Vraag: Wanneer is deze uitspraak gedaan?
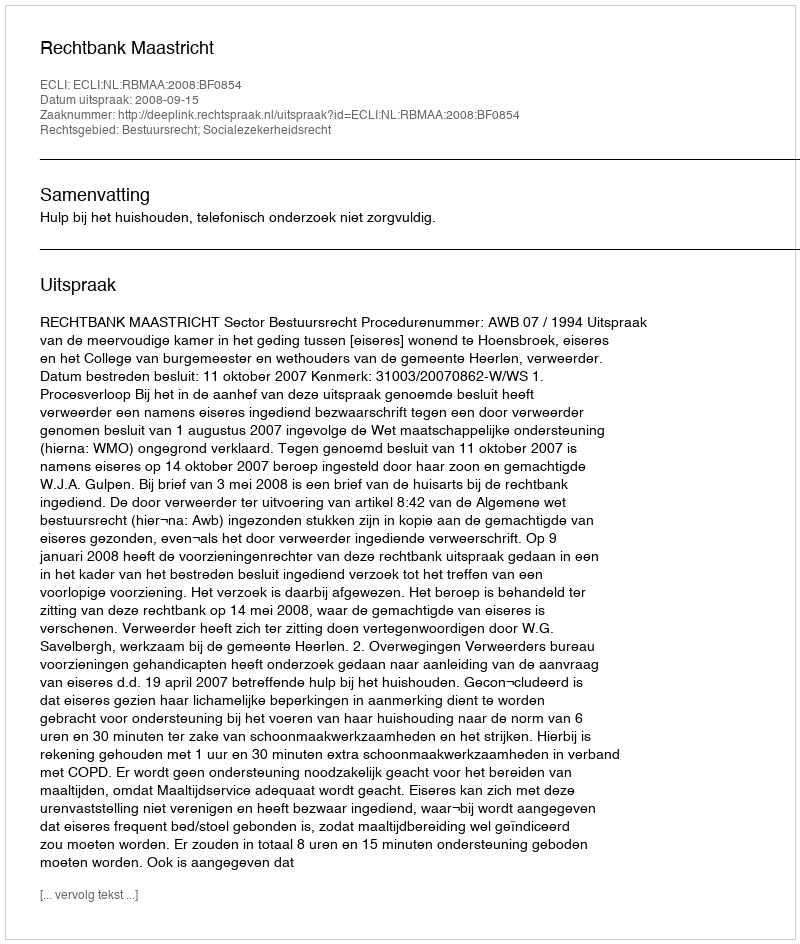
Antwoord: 2008-09-15